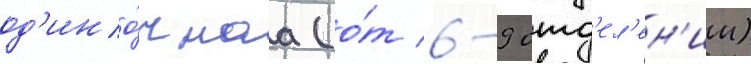
од'ино́чнаа (о́т 6-9 отд'ел'ен'ии)